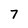
Character: 7